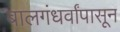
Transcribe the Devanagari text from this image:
बालगंधर्वांपासून